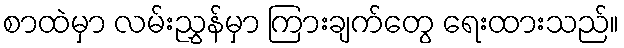
စာထဲမှာ လမ်းညွှန်မှာ ကြားချက်တွေ ရေးထားသည်။